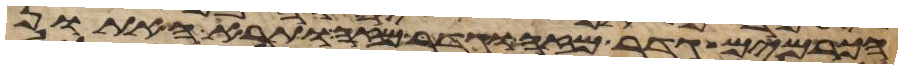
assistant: הכרמים גדר מזה וגדר מזה ותרא האתון